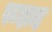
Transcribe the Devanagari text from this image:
रूदाद